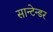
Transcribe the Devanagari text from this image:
सान्टेन्डर